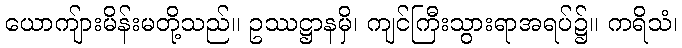
ယောကျ်ားမိန်းမတို့သည်။ ဥဿဋ္ဌာနမှိ၊ ကျင်ကြီးသွားရာအရပ်၌။ ကရိသံ၊